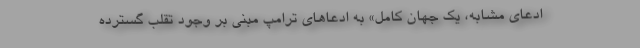
ادعای مشابه، یک جهان کامل» به ادعاهای ترامپ مبنی بر وجود تقلب گسترده